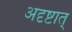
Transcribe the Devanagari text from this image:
अदृष्टात्